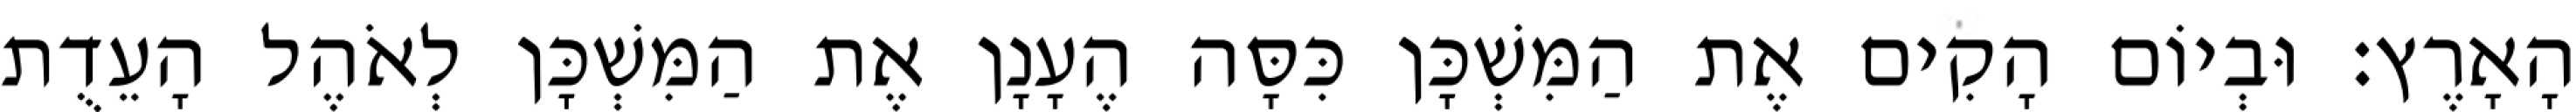
הָאָרֶץ׃ וּבְיוֹם הָקִים אֶת הַמִּשְׁכָּן כִּסָּה הֶעָנָן אֶת הַמִּשְׁכָּן לְאֹהֶל הָעֵדֻת